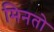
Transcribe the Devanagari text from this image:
मिनतो